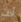
أنت